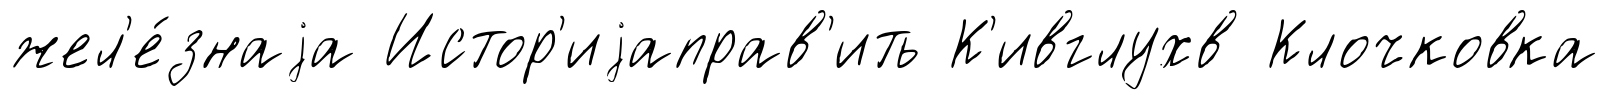
жел'е́знаjа Истор'иjаправ'ить К'ивглухв Клочковка